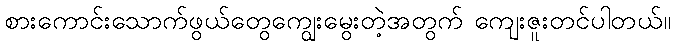
စားကောင်းသောက်ဖွယ်တွေကျွေးမွေးတဲ့အတွက် ကျေးဇူးတင်ပါတယ်။